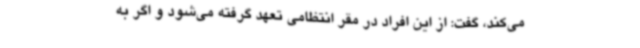
می‌کند، گفت: از این افراد در مقر انتظامی تعهد گرفته می‌شود و اگر به